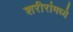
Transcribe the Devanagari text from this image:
शरीरांमध्ये